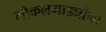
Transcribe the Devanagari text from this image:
लोकलगाड्यांना